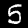
Digit: 5